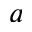
^ a